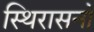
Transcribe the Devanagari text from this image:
स्थिरासनो